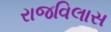
રાજવિલાસ